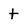
Character: t